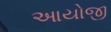
આયોજી